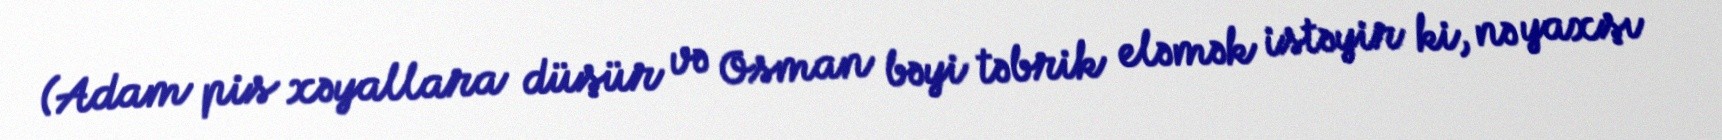
(Adam pis xəyallara düşür və Osman bəyi təbrik eləmək istəyir ki, nə yaxşı